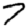
Digit: 7